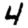
Digit: 4